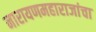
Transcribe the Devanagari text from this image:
नारायणमहाराजांचा